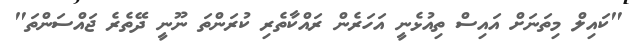
"ކައިލް މިތަނަށް އައިސް ތިއުޅެނީ އަހަރެން ރައްކާތެރި ކުރަންތަ ނޫނީ ދޭތެރެ ޖައްސަންތަ"